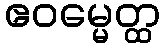
ဧဝမ္မေတ္ထ